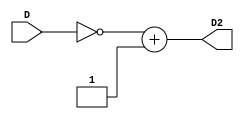
`timescale 1ns / 1ps
//////////////////////////////////////////////////////////////////////////////////
// Company: 
// Engineer: 
// 
// Design Name: 
// Module Name:    complement2 
// Project Name: 
// Target Devices: 
// Tool versions: 
// Description: 
//
// Dependencies: 
//
// Revision: 
// Revision 0.01 - File Created
// Additional Comments: 
//
//////////////////////////////////////////////////////////////////////////////////
module complement2(
    input [15:0]D,
    output [15:0]D2
    );

assign D2=~D+1'b1;

endmodule